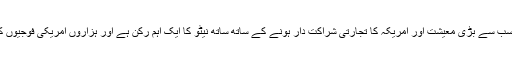
جرمنی ، یورپ کی سب سے بڑی معیشت اور امریکہ کا تجارتی شراکت دار ہونے کے ساتھ ساتھ نیٹو کا ایک اہم رکن ہے اور ہزاروں امریکی فوجیوں کی میزبانی کرتا ہے۔